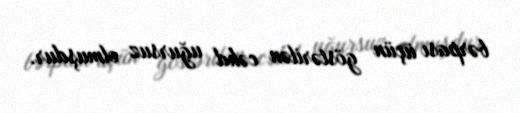
bərpası üçün göstərilən cəhd uğursuz olmuşdur.